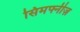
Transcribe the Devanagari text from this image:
सिमफ्नीज़